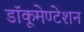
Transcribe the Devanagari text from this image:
डॉकूमेण्टेशन